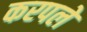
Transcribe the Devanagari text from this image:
करपले